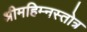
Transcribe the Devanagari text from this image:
श्रीमहिम्नस्तोत्र